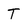
Character: T